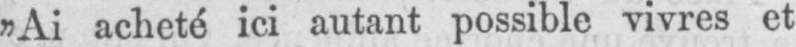
„Ai acheté ici autant possible vivres et